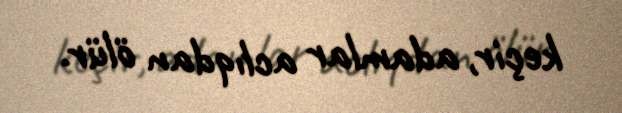
keçir, adamlar aclıqdan ölür.